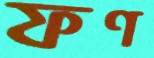
ফণ